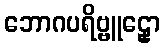
ဘောဂပရိဗ္ဗူဠှော